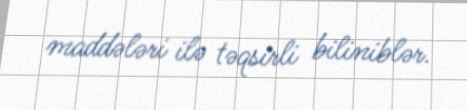
maddələri ilə təqsirli biliniblər.